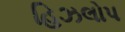
હિઝલોપ